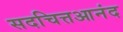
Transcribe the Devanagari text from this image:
सदचित्तआनंद